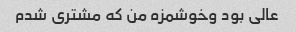
عالی بود وخوشمزه من که مشتری شدم